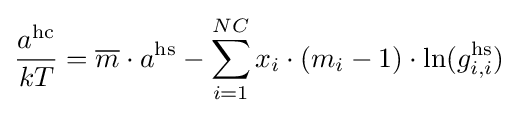
{\frac {a^{\text{hc}}}{kT}}={\overline {m}}\cdot a^{\text{hs}}-\sum _{i=1}^{NC}{x_{i}\cdot (m_{i}-1)\cdot \ln(g_{i,i}^{\text{hs}})}